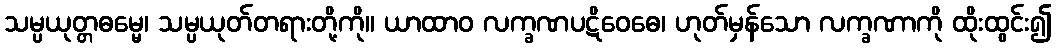
သမ္ပယုတ္တဓမ္မေ၊ သမ္ပယုတ်တရားတို့ကို။ ယာထာဝ လက္ခဏပဋိဝေဓေ၊ ဟုတ်မှန်သော လက္ခဏာကို ထိုးထွင်း၍